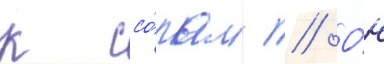
к ссо́рам // О́н